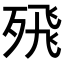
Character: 𭮖